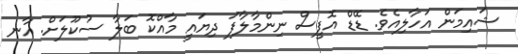
ޝައިމަން އަހާލިއެވެ. ޑޭޑް އޮފީސް ނިންމާލާފަ ދިޔައީ މާއްކޮ ބަލާ ސުކޫލަށް. އާނ